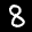
Label: 8